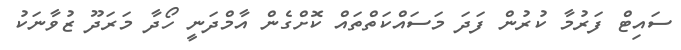
ސައިޓް ފަރުމާ ކުރުން ފަދަ މަސައްކަތްތައް ކޮށްގެން އާމްދަނީ ހޯދާ މަރަދޫ ޒުވާނަކު